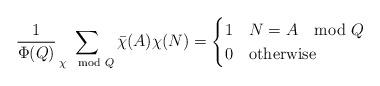
LaTeX: \begin{align*}\frac{1}{\Phi(Q)}\sum_{\chi \mod Q}\bar{\chi}(A)\chi(N)=\begin{cases} 1 & N=A\mod Q \\ 0 & \mbox{otherwise} \end{cases}\end{align*}